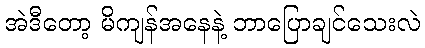
အဲဒီတော့ မိကျန်အနေနဲ့ ဘာပြောချင်သေးလဲ